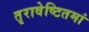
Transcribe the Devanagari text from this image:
तृरावेष्टितमां